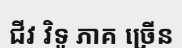
ជីវ វិទូ ភាគ ច្រើន